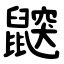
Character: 鼵